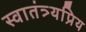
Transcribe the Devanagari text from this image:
स्वातंत्र्यप्रिय